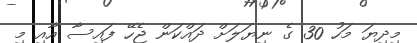
މިިދިޔަ މަހު 30 ގެ ނިޔަލަށް ދައްކަން ޖެހޭ ފައިސާ އާއި މި